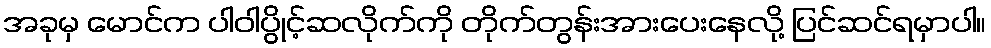
အခုမှ မောင်က ပါဝါပွိုင့်ဆလိုက်ကို တိုက်တွန်းအားပေးနေလို့ ပြင်ဆင်ရမှာပါ။